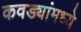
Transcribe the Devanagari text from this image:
कवड्यांमध्ये